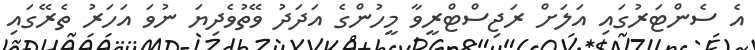
އެ ސެންޓަރުގައި އަލަށް ރަޖިސްޓްރީވާ މީހުންގެ އަދަދު ވޭތުވެދިޔަ ނުވަ އަހަރު ތެރޭގައި